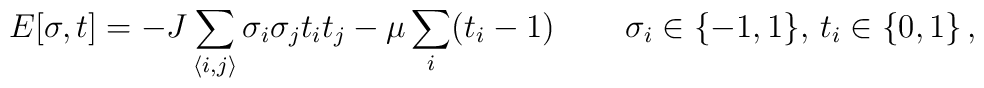
E[\sigma,t]=-J\sum_{\langle i,j\rangle}\sigma_{i}\sigma_{j}t_{i}t_{j}-\mu\sum_{i}(t_{i}-1) \, \qquad\sigma_{i}\in\{-1,1\},\,t_{i}\in\{0,1\} \,,